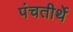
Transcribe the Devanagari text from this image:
पंचतीर्थे